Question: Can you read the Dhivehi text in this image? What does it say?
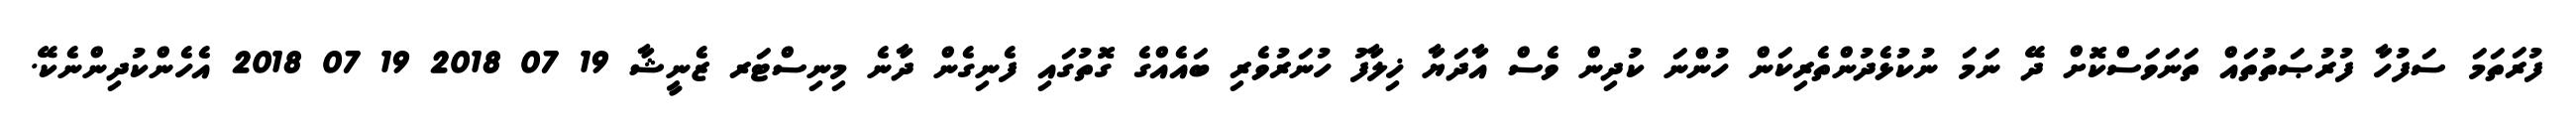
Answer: ފުރަތަމަ ސަފުހާ ފުރުޞަތުތައް ތަނަވަސްކޮށް ދޭ ނަމަ ނުކުޅެދުންތެރިކަން ހުންނަ ކުދިން ވެސް އާދަޔާ ޚިލާފު ހުނަރުވެރި ބައެއްގެ ގޮތުގައި ފެނިގެން ދާނެ މިނިސްޓަރ ޒެނީޝާ 19 07 2018 19 07 2018 އެހެންކުދިންނެކޭ.